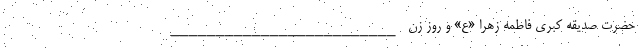
حضرت صدیقه کبری فاطمه زهرا «ع» و روز زن _________________________